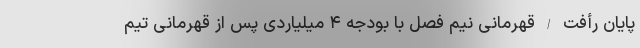
پایان رأفت / قهرمانی نیم فصل با بودجه ۴ میلیاردی پس از قهرمانی تیم